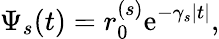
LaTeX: \Psi_{s}(t)=r_{0}^{(s)}\mathrm{e}^{-\gamma_{s}|t|},